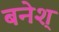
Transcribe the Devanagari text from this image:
बनेश्